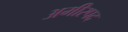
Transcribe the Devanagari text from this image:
अमीरपद